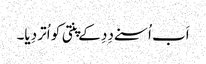
اَب اُسنے دِدِ کے پنتی کو اُتر دِیا۔